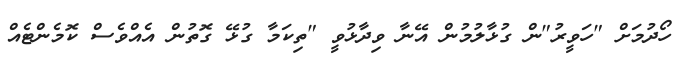
ހޯދުމަށް "ހަވީރު"ން ގުޅާލުމުން އޭނާ ވިދާޅުވީ "ތިކަމާ ގުޅޭ ގޮތުން އެއްވެސް ކޮމެންޓެއް